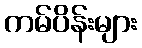
ကမ်ပိန်းများ